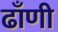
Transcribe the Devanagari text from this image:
ढाँणी